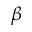
\beta